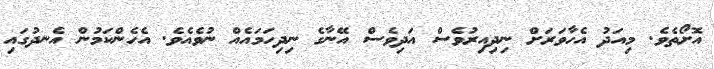
އޮށޯތެވެ. މިއަދު އެހާވަރަށް ނިދިއިރުވެސް އަދިވެސް އޭނާގެ ނިދިހަމައެއް ނުވެއެވެ. އެހެންކަމުން އެނދުގައި